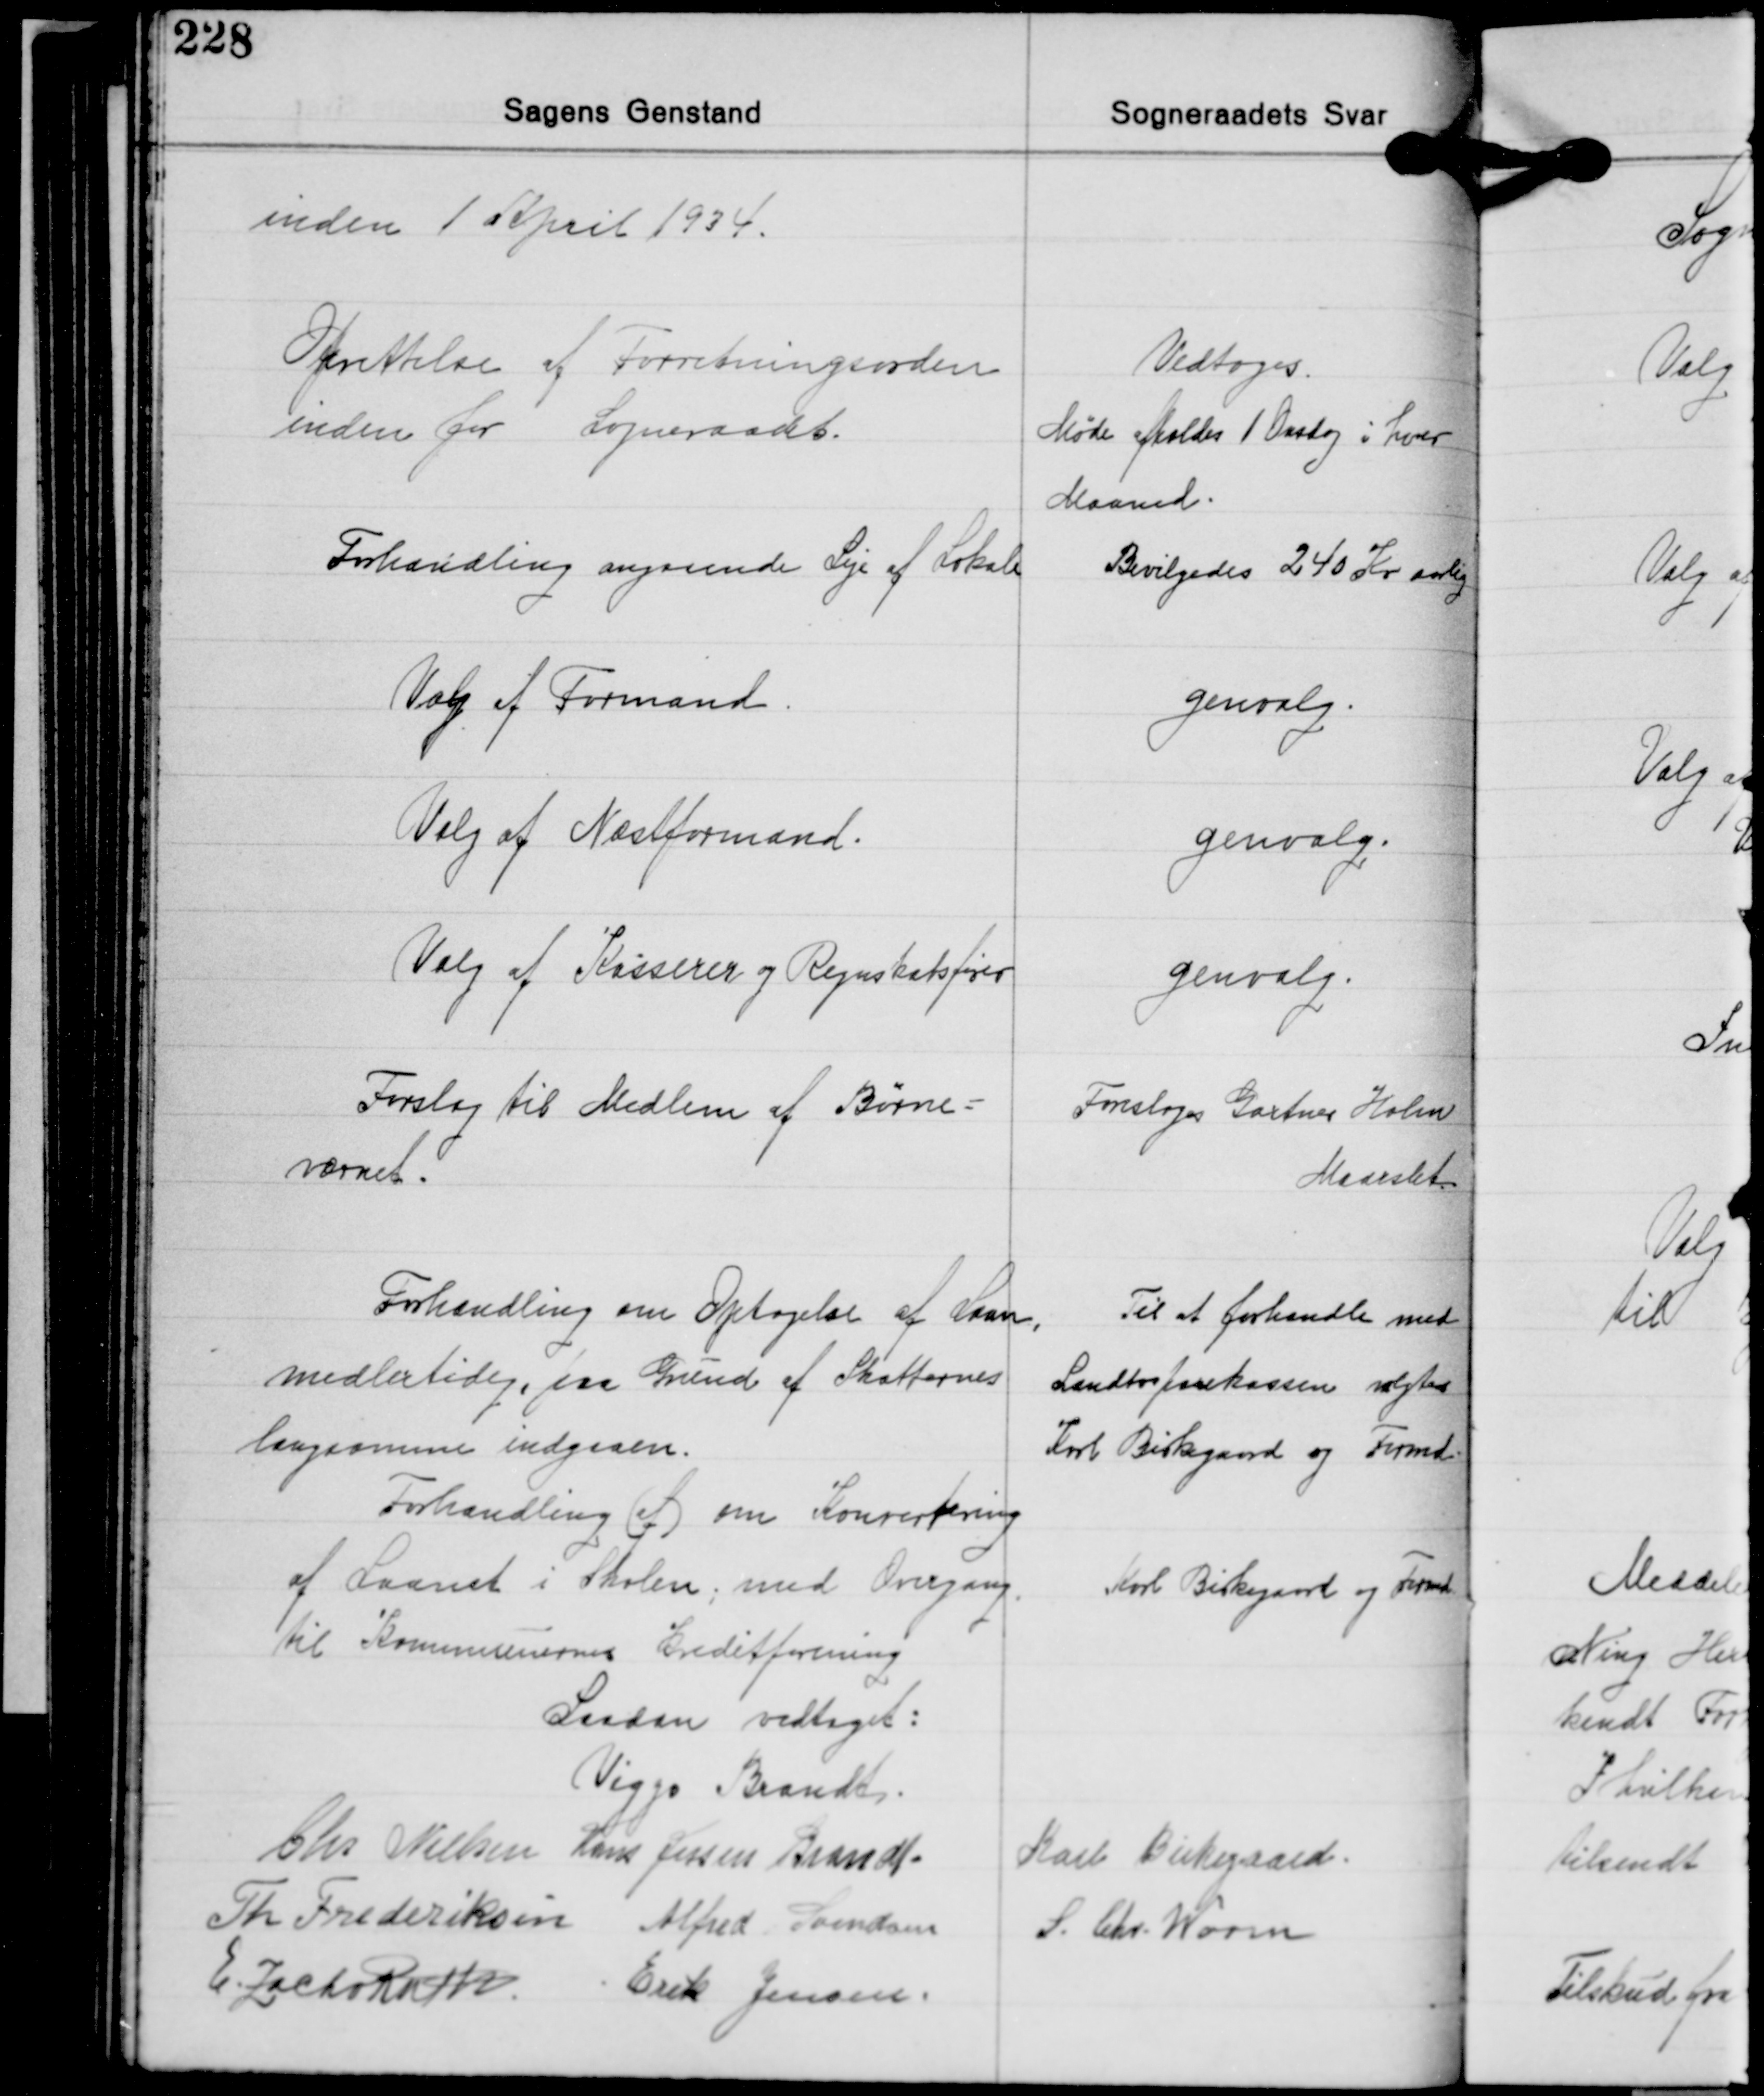
Transskription:
inden 1 April 1934.

Oprettelse af Forretningsorden
inden for Sogneraadet.

Vedtoges.
Møde afholdes 1 Onsdag i hver
Maaned.

Forhandling angaaende Leje af Lokale

Bevilgedes 240 Kr aarlig

Valg af Formand

genvalg.

Valg af Næstformand.

genvalg.

Valg af Kasserer og Regnskabsfører

genvalg.

Forslag til Medlem af Børne-
værnet.

Foresloges Gartner Holm
Maarslet

Forhandling om Optagelse af Laan,
midlertidig, paa Grund af Skatternes
langsomme indgaaen.
Forhandling (af) om Konvertering
af Laanet i Skolen; med Overgang.
til Kommunernes kreditforening

Til at forhandle med
Landbosparekassen valgtes
Karl Birkegaard og Formd.
Karl Birkegaard og Formd.

Saadan vedtaget:
Viggo Brandt
Chr. Nielsen Hans Jessen Brandt Karl Birkegaard
Th. Frederiksen Alfred Svendsen S. Chr. Worm
E. Zacho Rath Erik Jensen